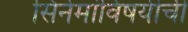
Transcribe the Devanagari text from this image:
सिनेमांविषयीची